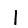
Digit: 1